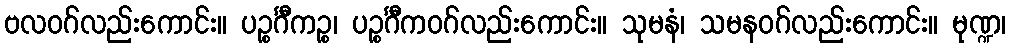
ဗလဝဂ်လည်းကောင်း။ ပဉ္စင်္ဂီကဉ္စ၊ ပဉ္စင်္ဂီကဝဂ်လည်းကောင်း။ သုမနံ၊ သမနဝဂ်လည်းကောင်း။ မုဏ္ဍ၊